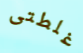
غلطتى